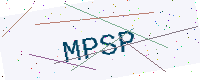
Text: MPSP